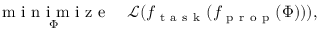
\underset { \Phi } { \mathrm { ~ m ~ i ~ n ~ i ~ m ~ i ~ z ~ e ~ } } \quad \mathcal { L } ( f _ { \mathrm { ~ t ~ a ~ s ~ k ~ } } ( f _ { \mathrm { ~ p ~ r ~ o ~ p ~ } } ( \Phi ) ) ) ,